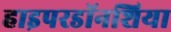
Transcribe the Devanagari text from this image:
हाइपरडॉनशिया